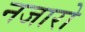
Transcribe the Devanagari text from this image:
नजारो